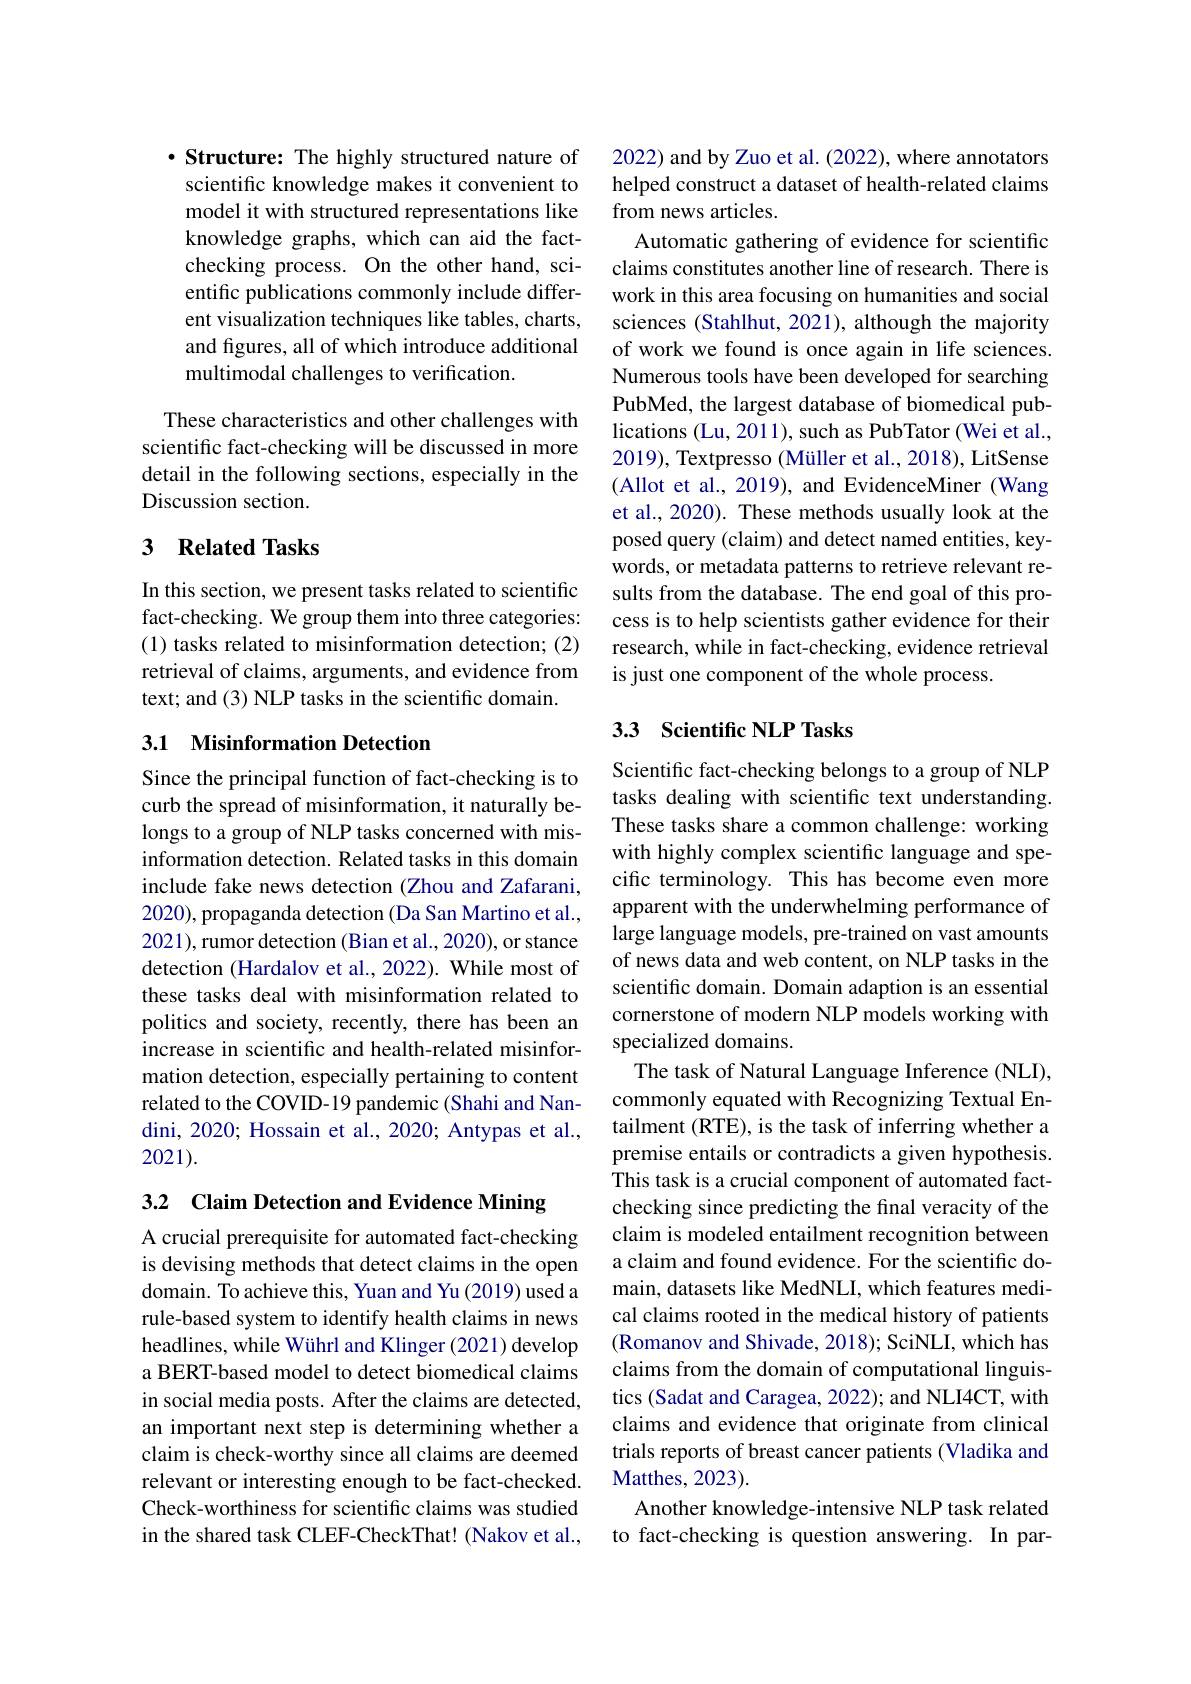
$\cdot$ Structure: The highly structured nature of scientific knowledge makes it convenient to model it with structured representations like knowledge graphs, which can aid the factchecking process. On the other hand, scientific publications commonly include different visualization techniques like tables, charts, and figures, all of which introduce additional multimodal challenges to verification.

These characteristics and other challenges with scientific fact-checking will be discussed in more detail in the following sections, especially in the Discussion section.

## 3 Related Tasks

In this section, we present tasks related to scientific fact-checking. We group them into three categories: (1) tasks related to misinformation detection; (2) retrieval of claims, arguments, and evidence from text; and (3) NLP tasks in the scientific domain.

## 3.1 Misinformation Detection

Since the principal function of fact-checking is to curb the spread of misinformation, it naturally belongs to a group of NLP tasks concerned with misinformation detection. Related tasks in this domain include fake news detection (Zhou and Zafarani, 2020), propaganda detection (Da San Martino et al., 2021),rumor detection (Bian et al., 2020), or stance detection (Hardalov et al., 2022). While most of these tasks deal with misinformation related to politics and society, recently, there has been an increase in scientific and health-related misinformation detection, especially pertaining to content related to the COVID-19 pandemic (Shahi and Nandini, 2020; Hossain et al., 2020; Antypas et al., 2021).

3.2 Claim Detection and Evidence Mining

A crucial prerequisite for automated fact-checking is devising methods that detect claims in the open domain. To achieve this, Yuan and Yu (2019) used a rule-based system to identify health claims in news headlines, while Wührl and Klinger (2021) develop a BERT-based model to detect biomedical claims in social media posts. After the claims are detected, an important next step is determining whether a claim is check-worthy since all claims are deemed relevant or interesting enough to be fact-checked. Check-worthiness for scientific claims was studied in the shared task CLEF-CheckThat! (Nakov et al.,

2022) and by Zuo et al. (2022), where annotators helped construct a dataset of health-related claims from news articles.
Automatic gathering of evidence for scientific claims constitutes another line of research. There is work in this area focusing on humanities and social sciences (Stahlhut, 2021), although the majority of work we found is once again in life sciences. Numerous tools have been developed for searching PubMed, the largest database of biomedical publications (Lu, 2011), such as PubTator (Wei et al., 2019), Textpresso (Müller et al., 2018), LitSense (Allot et al., 2019), and EvidenceMiner (Wang et al., 2020). These methods usually look at the posed query (claim) and detect named entities, keywords, or metadata patterns to retrieve relevant results from the database. The end goal of this process is to help scientists gather evidence for their research, while in fact-checking, evidence retrieval is just one component of the whole process.

## 3.3 Scientific NLP Tasks

Scientific fact-checking belongs to a group of NLP tasks dealing with scientific text understanding. These tasks share a common challenge: working with highly complex scientific language and specific terminology. This has become even more apparent with the underwhelming performance of large language models, pre-trained on vast amounts of news data and web content, on NLP tasks in the scientific domain. Domain adaption is an essential cornerstone of modern NLP models working with specialized domains.
The task of Natural Language Inference (NLI), commonly equated with Recognizing Textual Entailment (RTE), is the task of inferring whether a premise entails or contradicts a given hypothesis. This task is a crucial component of automated factchecking since predicting the final veracity of the claim is modeled entailment recognition between a claim and found evidence. For the scientific domain, datasets like MedNLI, which features medical claims rooted in the medical history of patients (Romanov and Shivade, 2018); SciNLI, which has claims from the domain of computational linguistics (Sadat and Caragea, 2022); and NLI4CT, with claims and evidence that originate from clinical trials reports of breast cancer patients (Vladika and Matthes, 2023).
Another knowledge-intensive NLP task related to fact-checking is question answering. In par-